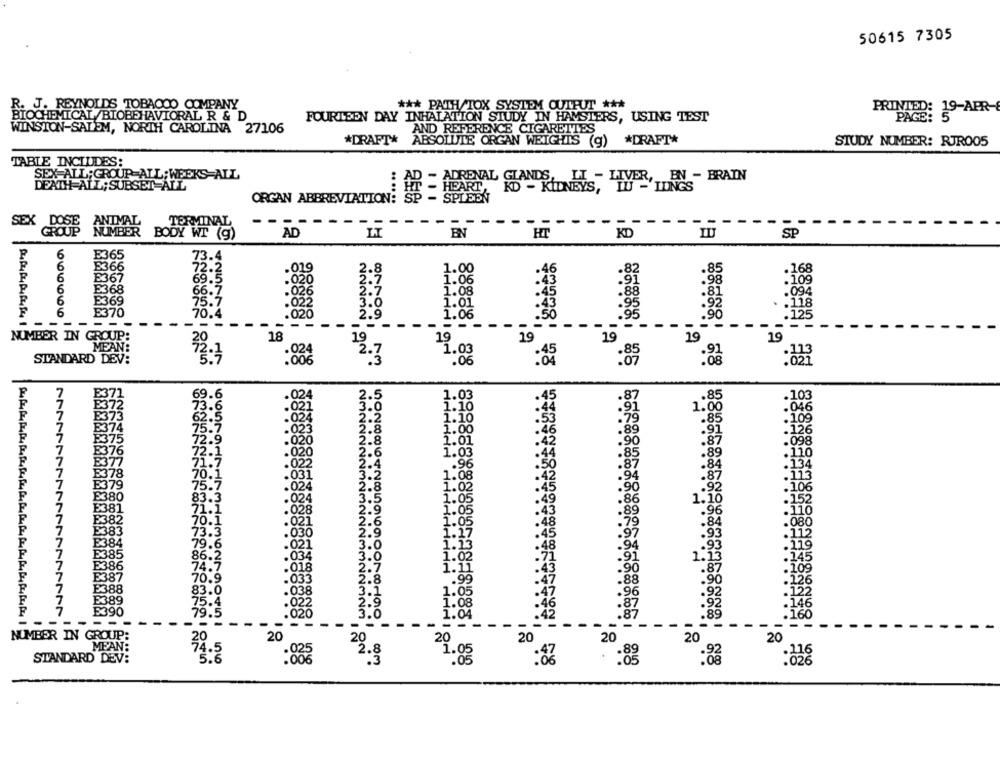
50615 7305
R. J. REYNOLDS TOBACCO COMPANY
*** PATH/TOX SYSTEM QUIFUT ***
PRINTED: 19-APR-
BIOCHEMICAL /BIOBEHAVIORAL R & D
FOURTEEN DAY INHALATION STUDY IN HAMSTERS, USING TEST
WINSTON-SALEM, NORTH CAROLINA 27106
AND REFERENCE CIGARETTES
*DRAFT* ABSOLUTE ORGAN WEIGHTS (g) *DRAFT*
STUDY NUMBER: RJR005
TABLE INCLUDES:
SEX-ALL; GROUP-ALL; WEEKS ALL
IYOR, TENS- BRAIN
DEATH ALL; SUBSET ALL
DRENAL DANRIDNEYS, TY-
ORGAN ABBREVIATION:
SEX
ANIMAL
TERMINAL
----
----
GROUP NUMBER BODY WT (9)
AD
EN
HT
KD
SP
E365
6
73.4
E366
1.00
.46
6
E367
69.5
.020
1:06
43
6
E368
66.7
.026
1.08
.45
6
E369
75.7
.118
6
E370
1.01
.43
70.4
020
1.06
.125
- --
. -
-
-
- -
-
-----
NUMBER IN GROUP:
19
19
MEAN:
NNNMN ON
1.03
STANDARD DEV:
13:3
:65
:85
PPPPPP, PPPPPH
E3
69.
02
2.
.103
.85
372
02
1.00
.046
E373
.022
.109
£374
.85
.023
P375
.020
8
.87
.098
7
E376
.020
6
.89
110
B3
71.7
022
2322222
A
5028864
.84
E378
70.1
.031
.87
E379
75.7
024
.92
7
E380
83.3
.024
86
1.16
7
E381
71
.028
E382
70.
.021
7
E383
3.3
030
E384
79.6
.021
7
E385
86.2
.034
923222333
8596900
1.13
7
E386
.018
.90
7
E387
70.9
.033
.88
7
E388
83.0
.96
E389
.038
2.
1.08
E390
5.0
- -
NUMBER IN GROUP:
20
20
20
20
20
20
MEAN:
STANDARD DEV:
94.5
. 025
22.8
1.
:06
:88
:88
:828